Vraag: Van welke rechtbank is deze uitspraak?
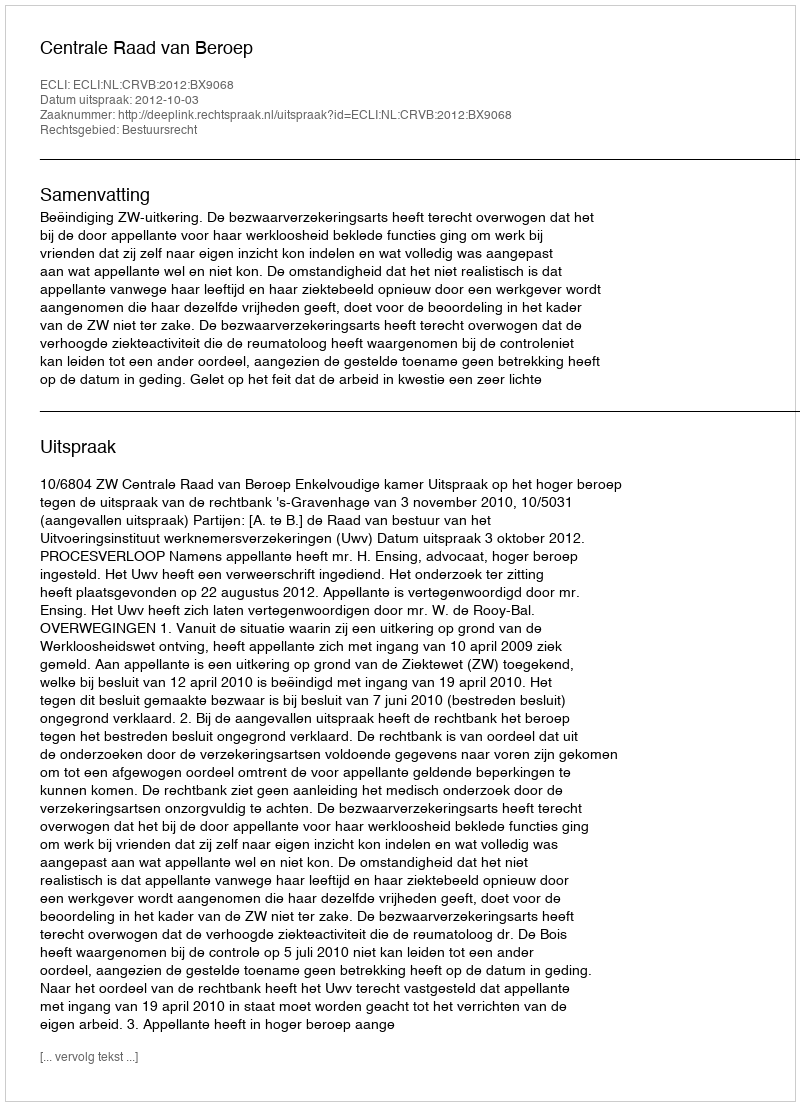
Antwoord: Centrale Raad van Beroep